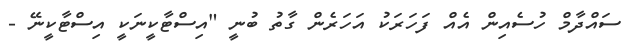
ސައްދާމް ހުސެއިން އެއް ފަހަރަކު އަހަރެން ގާތު ބުނީ "އިސްޓާކީނަކީ އިސްޓާކީނޭ -